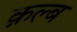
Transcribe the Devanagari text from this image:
क़ल्ब